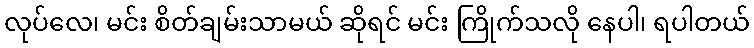
လုပ်လေ၊ မင်း စိတ်ချမ်းသာမယ် ဆိုရင် မင်း ကြိုက်သလို နေပါ၊ ရပါတယ်